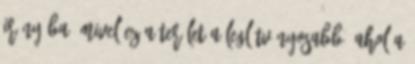
irányába, mivel ez a terület a leglátványosabb, ahol a